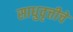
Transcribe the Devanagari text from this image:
साधुवृत्तीचे